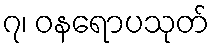
၇၊ ဝနရောပသုတ်